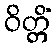
ဝိတ္တိံ